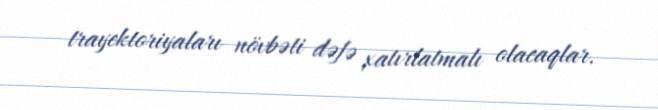
trayektoriyaları növbəti dəfə xatırlatmalı olacaqlar.